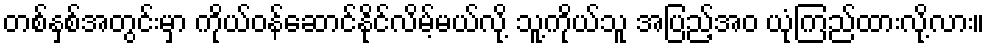
တစ်နှစ်အတွင်းမှာ ကိုယ်ဝန်ဆောင်နိုင်လိမ့်မယ်လို့ သူ့ကိုယ်သူ အပြည့်အဝ ယုံကြည်ထားလို့လား။